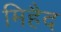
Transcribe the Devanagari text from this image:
मिहैद